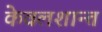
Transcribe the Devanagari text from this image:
केवलशान्तं